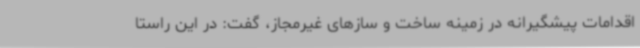
اقدامات پیشگیرانه در زمینه ساخت و سازهای غیرمجاز، گفت: در این راستا